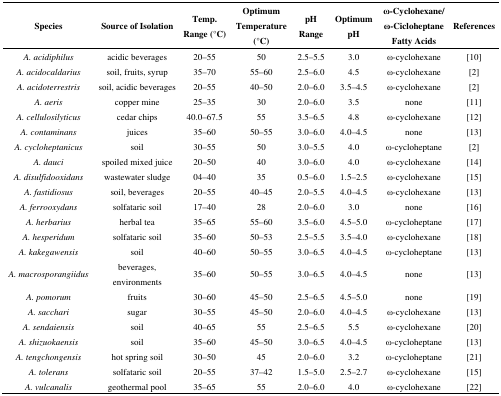
<table><thead><tr><td><b>Species</b></td><td><b>Source of Isolation</b></td><td><b>Temp. Range (°C)</b></td><td><b>Optimum Temperature (°C)</b></td><td><b>pH Range</b></td><td><b>Optimum pH</b></td><td><b>ω-Cyclohexane/ω-Cicloheptane Fatty Acids</b></td><td><b>References</b></td></tr></thead><tbody><tr><td><i>A. acidiphilus</i></td><td>acidic beverages</td><td>20–55</td><td>50</td><td>2.5–5.5</td><td>3.0</td><td>ω-cyclohexane</td><td>[10]</td></tr><tr><td><i>A. acidocaldarius</i></td><td>soil, fruits, syrup</td><td>35–70</td><td>55–60</td><td>2.5–6.0</td><td>4.5</td><td>ω-cyclohexane</td><td>[2]</td></tr><tr><td><i>A. acidoterrestris</i></td><td>soil, acidic beverages</td><td>20–55</td><td>40–50</td><td>2.0–6.0</td><td>3.5–4.5</td><td>ω-cyclohexane</td><td>[2]</td></tr><tr><td><i>A. aeris</i></td><td>copper mine</td><td>25–35</td><td>30</td><td>2.0–6.0</td><td>3.5</td><td>none</td><td>[11]</td></tr><tr><td><i>A. cellulosilyticus</i></td><td>cedar chips</td><td>40.0–67.5</td><td>55</td><td>3.5–6.5</td><td>4.8</td><td>ω-cyclohexane</td><td>[12]</td></tr><tr><td><i>A. contaminans</i></td><td>juices</td><td>35–60</td><td>50–55</td><td>3.0–6.0 </td><td>4.0–4.5</td><td>none</td><td>[13]</td></tr><tr><td><i>A. cycloheptanicus</i></td><td>soil</td><td>30–55</td><td>50</td><td>3.0–5.5</td><td>4.0</td><td>ω-cycloheptane</td><td>[2]</td></tr><tr><td><i>A. dauci</i></td><td>spoiled mixed juice</td><td>20–50</td><td>40</td><td>3.0–6.0</td><td>4.0</td><td>ω-cyclohexane</td><td>[14]</td></tr><tr><td><i>A. disulfidooxidans</i></td><td>wastewater sludge</td><td>04–40</td><td>35</td><td>0.5–6.0</td><td>1.5–2.5</td><td>ω-cyclohexane</td><td>[15]</td></tr><tr><td><i>A. fastidiosus</i></td><td>soil, beverages</td><td>20–55</td><td>40–45</td><td>2.0–5.5</td><td>4.0–4.5</td><td>ω-cyclohexane</td><td>[13]</td></tr><tr><td><i>A. ferrooxydans</i></td><td>solfataric soil</td><td>17–40</td><td>28</td><td>2.0–6.0</td><td>3.0</td><td>none</td><td>[16]</td></tr><tr><td><i>A. herbarius</i></td><td>herbal tea</td><td>35–65</td><td>55–60</td><td>3.5–6.0</td><td>4.5–5.0</td><td>ω-cycloheptane</td><td>[17]</td></tr><tr><td><i>A. hesperidum</i></td><td>solfataric soil</td><td>35–60</td><td>50–53</td><td>2.5–5.5</td><td>3.5–4.0</td><td>ω-cyclohexane</td><td>[18]</td></tr><tr><td><i>A. kakegawensis</i></td><td>soil </td><td>40–60</td><td>50–55</td><td>3.0–6.5</td><td>4.0–4.5</td><td>ω-cycloheptane</td><td>[13]</td></tr><tr><td><i>A. macrosporangiidus</i></td><td>beverages, environments</td><td>35–60</td><td>50–55</td><td>3.0–6.5</td><td>4.0–4.5</td><td>none</td><td>[13]</td></tr><tr><td><i>A. pomorum</i></td><td>fruits</td><td>30–60</td><td>45–50</td><td>2.5–6.5</td><td>4.5–5.0</td><td>none</td><td>[19]</td></tr><tr><td><i>A. sacchari</i></td><td>sugar</td><td>30–55</td><td>45–50</td><td>2.0–6.0</td><td>4.0–4.5</td><td>ω-cyclohexane</td><td>[13]</td></tr><tr><td><i>A. sendaiensis</i></td><td>soil</td><td>40–65</td><td>55</td><td>2.5–6.5</td><td>5.5</td><td>ω-cyclohexane</td><td>[20]</td></tr><tr><td><i>A. shizuokaensis</i></td><td>soil</td><td>35–60</td><td>45–50</td><td>3.0–6.5</td><td>4.0–4.5</td><td>ω-cycloheptane</td><td>[13]</td></tr><tr><td><i>A. tengchongensis</i></td><td>hot spring soil</td><td>30–50</td><td>45</td><td>2.0–6.0</td><td>3.2</td><td>ω-cycloheptane</td><td>[21]</td></tr><tr><td><i>A. tolerans</i></td><td>solfataric soil</td><td>20–55</td><td>37–42</td><td>1.5–5.0 </td><td>2.5–2.7</td><td>ω-cyclohexane</td><td>[15]</td></tr><tr><td><i>A. vulcanalis</i></td><td>geothermal pool</td><td>35–65</td><td>55</td><td>2.0–6.0</td><td>4.0</td><td>ω-cyclohexane</td><td>[22]</td></tr></tbody></table>